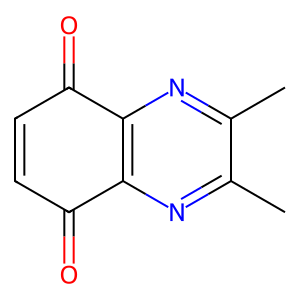
SMILES: Cc1nc2c(nc1C)C(=O)C=CC2=O
Inhibits HIV replication: No